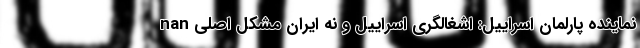
nan نماینده پارلمان اسراییل: اشغالگری اسراییل و نه ایران مشکل اصلی